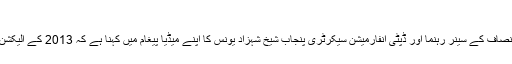
’گو نواز گو سے گون نواز گون‘
سپریم کورٹ کے تاریخی فیصلے پر اللہ پاک کے شکر گزار ہیں پاکستان تحریک انصاف کے سینٗر رہنما اور ڈپٹی انفارمیشن سیکرٹری پنجاب شیخ شہزاد یونس کا اپنے میٖڈیا پیغام میں کہنا ہے کہ 2013 کے الیکشن سے شروع ہونے والی جدوجہد، دھرنے کے دنوں اور سپریم کورٹ میں ہونے …